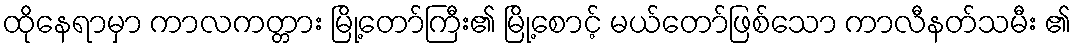
ထိုနေရာမှာ ကာလကတ္တား မြို့တော်ကြီး၏ မြို့စောင့် မယ်တော်ဖြစ်သော ကာလီနတ်သမီး ၏